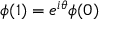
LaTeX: \phi ( 1 ) = e ^ { i \theta } \phi ( 0 )